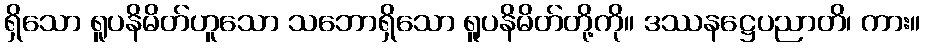
ရှိသော ရူပနိမိတ်ဟူသော သဘောရှိသော ရူပနိမိတ်တို့ကို။ ဒဿနဋ္ဌေပညာတိ၊ ကား။